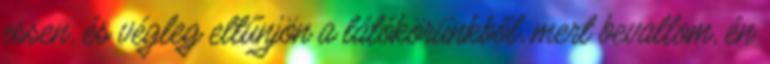
essen, és végleg eltűnjön a látókörünkből, mert bevallom, én